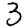
Digit: 3